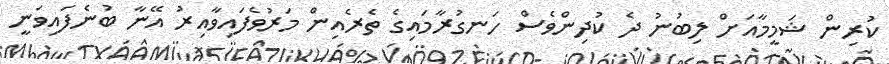
ކުރިން ޝަމީމާއަށް ލިބުނު ދެ ކުދިންވެސް ހަނގުރާމައިގެ ތެރެއިން މަރުވެފައިވާއިރު އޭނާ ބުނެފައިވަނީ